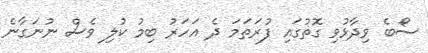
ސޯބެ ވިދާޅުވި ގޮތުގައި ފުރަތަމަ ދެ އަހަރު ބިމު ކުލި ވެސް ނުނަގާނެ